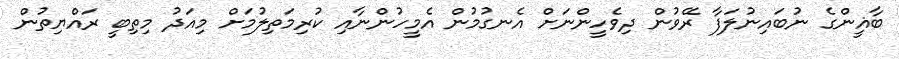
ބާޣީންގެ ނުބައިނުލަފާ ރޭވުން ދިވެހީންނަށް އެނގުމުން އެމީހުންނާއި ކުރިމަތިލުމަށް މިއަދު މިތިބީ ރައްޔިތުން